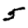
Digit: 5